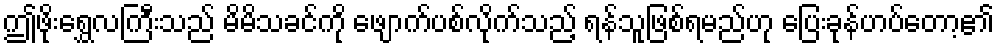
ဤဖိုးရွှေလကြီးသည် မိမိသခင်ကို ဖျောက်ပစ်လိုက်သည့် ရန်သူဖြစ်ရမည်ဟု ပြေးခုန်ဟပ်တော့၏